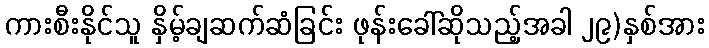
ကားစီးနိုင်သူ နှိမ့်ချဆက်ဆံခြင်း ဖုန်းခေါ်ဆိုသည့်အခါ ၂၉)နှစ်အား